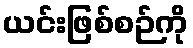
ယင်းဖြစ်စဉ်ကို